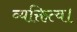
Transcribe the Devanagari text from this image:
व्यक्तित्व।